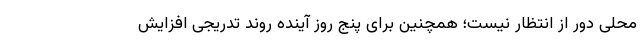
محلی دور از انتظار نیست؛ همچنین برای پنج روز آینده روند تدریجی افزایش